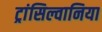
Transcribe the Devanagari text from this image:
ट्रांसिल्वानिया